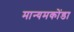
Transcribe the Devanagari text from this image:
मान्यमकोंडा